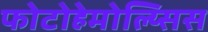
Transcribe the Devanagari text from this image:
फोटोहेमोल्य्सिस